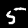
Label: 5